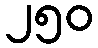
၂၅၀